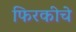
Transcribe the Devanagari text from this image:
फिरकीचे